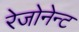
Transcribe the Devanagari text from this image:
रेजोनेन्ट